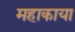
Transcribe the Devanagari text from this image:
महाकाया